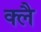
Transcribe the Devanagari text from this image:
क्लै